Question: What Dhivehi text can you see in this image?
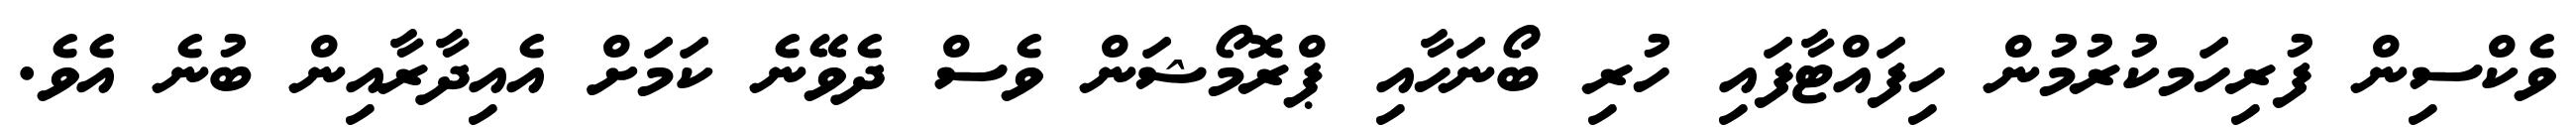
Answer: ވެކްސިން ފުރިހަމކުރުމުން ހިފައްޓާފައި ހުރި ބޯނަހާއި ޕްރޮމޯޝަން ވެސް ދެވޭނެ ކަމަށް އެއިދާރާއިން ބުނެ އެވެ.